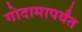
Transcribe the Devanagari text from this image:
गोदामापर्यंत